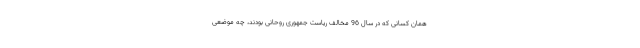
همان کسانی که در سال 96 مخالف ریاست جمهوری روحانی بودند، چه موضعی